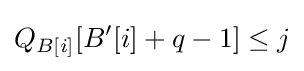
Q_{B[i]}[B'[i]+q-1]\leq j